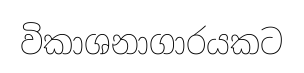
විකාශනාගාරයකට